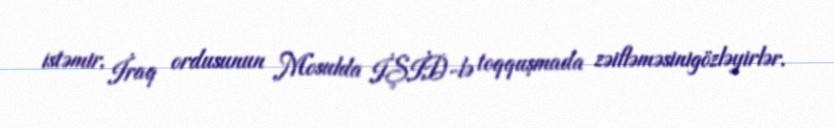
istəmir, İraq ordusunun Mosulda İŞİD-lə toqquşmada zəifləməsinigözləyirlər.